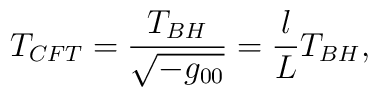
T_{CFT}=\frac{T_{BH}}{\sqrt{-g_{00}}}=\frac{l}{L}T_{BH},